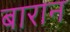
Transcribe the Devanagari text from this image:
बारान